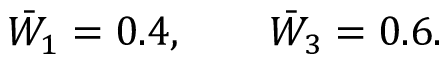
\bar { W } _ { 1 } = 0 . 4 , \qquad \bar { W } _ { 3 } = 0 . 6 .